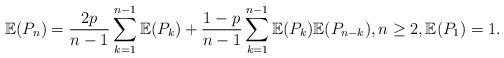
LaTeX: \begin{align*} \mathbb{E}(P_{n}) & = \frac{2p}{n-1} \sum_{k=1}^{n-1} \mathbb{E}(P_{k}) + \frac{1-p}{n-1} \sum_{k=1}^{n-1} \mathbb{E}(P_{k}) \mathbb{E}(P_{n-k}), n \ge 2, \mathbb{E}(P_{1})=1.\end{align*}